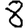
Digit: 8